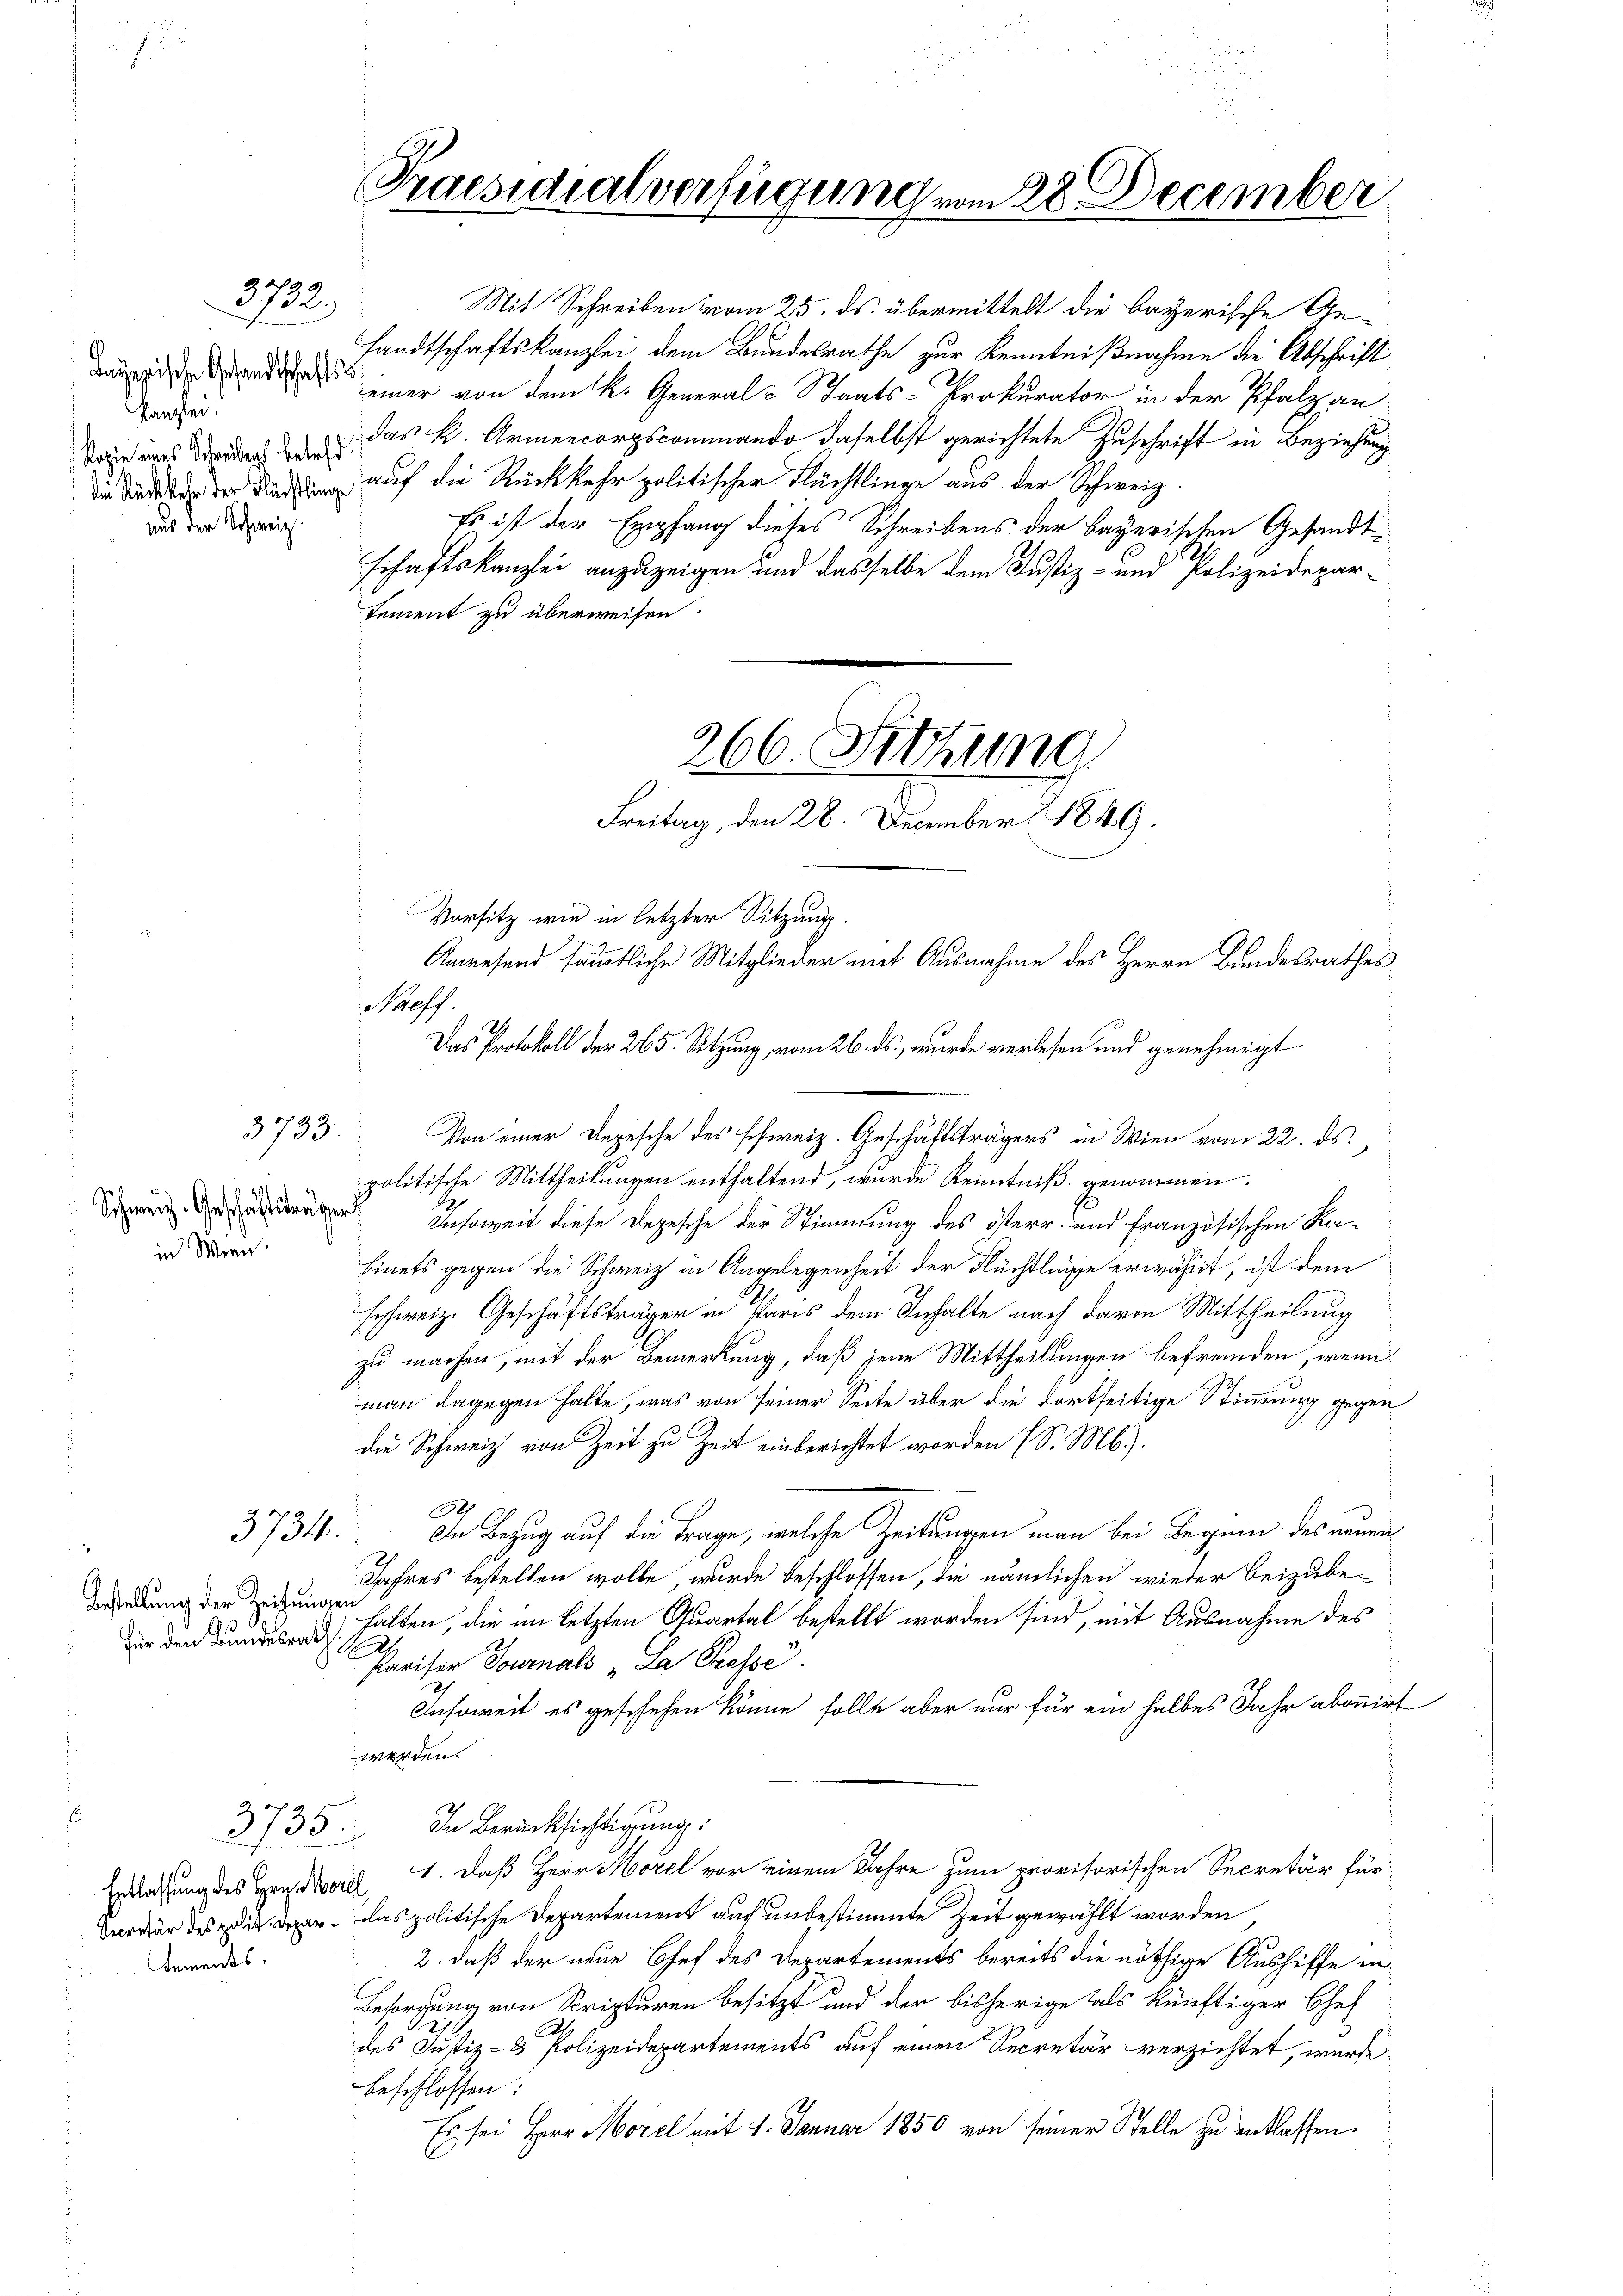
Bayerische Gesandtschaftss
Kanzlei.
Sohie eines Schreibens betreff
Aus der Schweiz

3732.

3733.

Schweiz. Geschäftsträger
in Wien.

3734.

Bestellung der Zeitungen

3735

Dements.

Praesidialverfügung vom 28. December

Mit Schreiben vom 25. ds. übermittelt die bayerische Gesandtschaftskanzlei dem Bundesrathe zur Kenntnißnahme die Abschrift
einer von dem k. General-Staats-Prokurator in der Pfalz an
Das k. Armencorpscommando daselbst gerichtete Zuschrift in Beziehung
i Sie der die auf die Rückkehr politischen Flüchtlinge aus der Schweiz.
Es ist der Empfang dieses Schreibens der bayerischen Gesandtschaftskanzlei anzuzeigen und dasselbe dem Justiz- und Polizeidepartement zu überweisen.

266. Sitzung
Freitag, den 28. December 1849.

Anwesend sämmtliche Mitglieder mit Ausnahme des Herrn Bundesrathes

Von einer Depesche des schweiz. Geschäftsträgers in Wien vom 22. ds.

Vorsitz wie in letzter Sitzung.
Prof.
Das Protokoll der 265. Setzung, vom 26. ds., wurde verlesen und genehmigt.
politische Mittheilungen enthaltend, wurde Kenntniß genommen.
Insoweit diese Depesche der Stimmung des österr. und französischen Rabinets gegen die Schweiz in Angelegenheit der Flüchtlinge erwähnt, ist dem
schweiz. Geschäftsträger in Paris dem Inhalte nach davon Mittheilung
zu machen, mit der Bemerkung, daß jene Mittheilungen befremden, wenn
man dagegen halte, was von seiner Seite über die dortseitige Stimmung gegen
die Schweiz von Zeit zu Zeit einberichtet worden (S. Mb.).
Ch
In Bezug auf die Frage, welche Zeitungen man bei Beginn des neuen
Jahres bestellen wolle wurde beschlossen, die nämlichen wieder beizube¬
 halten, die im letzten Quartal bestellt worden sind, mit Ausnahme des
Pariser Journals „La Pressé.
Insoweit es geschehen könne solle aber nur für ein halbes Jahr abonnirt
werden.
In Berücksichtigung.
Ersatzung des Gradeis, 1. daß Herr Morel vor einem Jahre zum provisorischen Secretär für
är des gli war das politische Departement auch unbestimmte Zeit gewählt worden
2., daß der neue Chef des Departements bereits die nöthige Aushiffe in
Besorgung von Scripturen besitzt und der bisherige als künftiger Chef
des Justiz- & Polizeidepartements auf einen Secretär verzichtet, wurde
beschlossen:
Es sei Herr Morel mit 1. Januar 1850 von seiner Stelle zu entlassen.